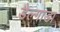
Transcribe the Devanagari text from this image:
डेल्गाडा